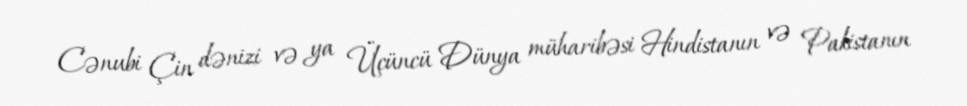
Cənubi Çin dənizi və ya Üçüncü Dünya müharibəsi Hindistanın və Pakistanın